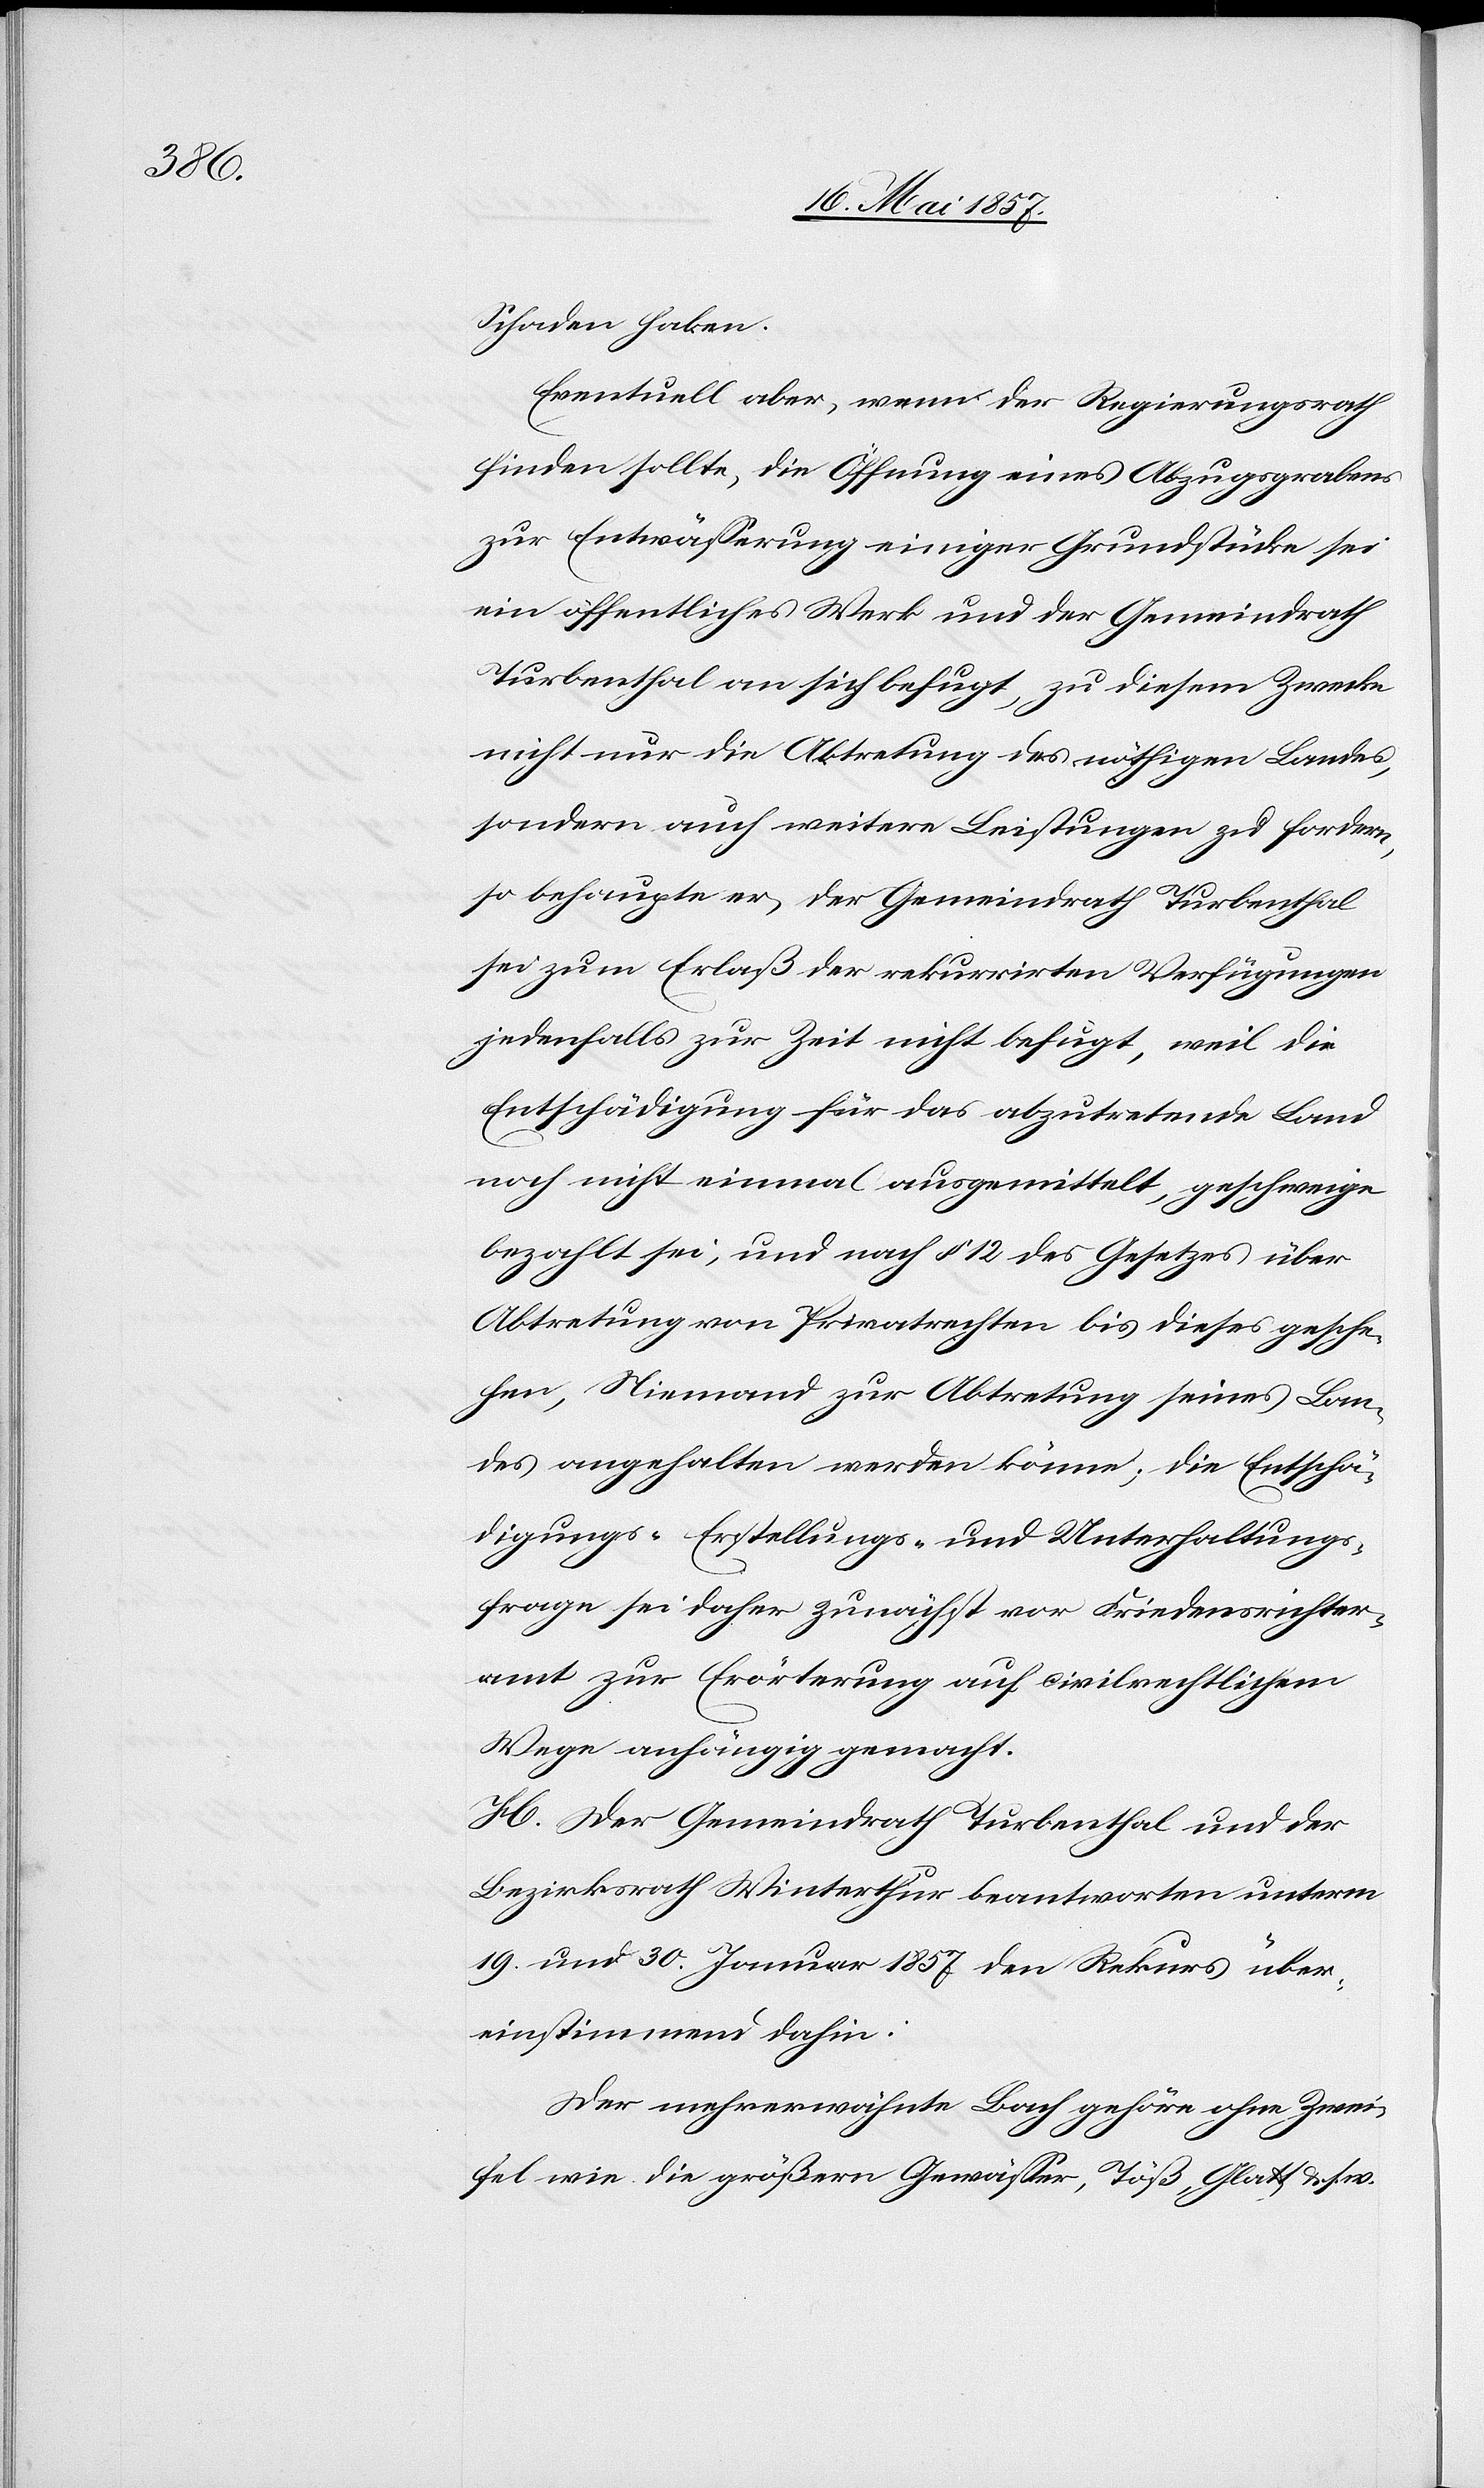
Schaden haben.
Eventuell aber, wenn der Regierungsrath
finden sollte, die Öffnung eines Abzugsgrabens
zur Entwässerung einiger Grundstücke sei
ein öffentliches Werk und der Gemeindrath
Turbenthal an sich befugt, zu diesem Zwecke
nicht nur die Abtretung des nöthigen Landes,
sondern auch weitere Leistungen zu fordern,
so behaupte er, der Gemeindrath Turbenthal
sei zum Erlaß der rekurrirten Verfügungen
jedenfalls zur Zeit nicht befugt, weil die
Entschädigung für das abzutretende Land
noch nicht einmal ausgemittelt, geschweige
bezahlt sei, und nach § 12 des Gesetzes über
Abtretung von Privatrechten bis dieses gesche¬
hen, Niemand zur Abtretung seines Lan¬
des angehalten werden könne; die Entschä¬
digungs- Erstellungs- und Unterhaltungs¬
frage sei daher zunächst vor Friedensrichter¬
amt zur Erörterung auf civilrechtlichem
Wege anhängig gemacht.
H. Der Gemeindrath Turbenthal und der
Bezirksrath Winterthur beantworten unterm
19 und 30 Januar 1857 den Rekurs über¬
einstimmend dahin:
Der mehrerwähnte Bach gehöre ohne Zwei¬
fel wie die größern Gewässer, Töß, Glatt &. s. w.